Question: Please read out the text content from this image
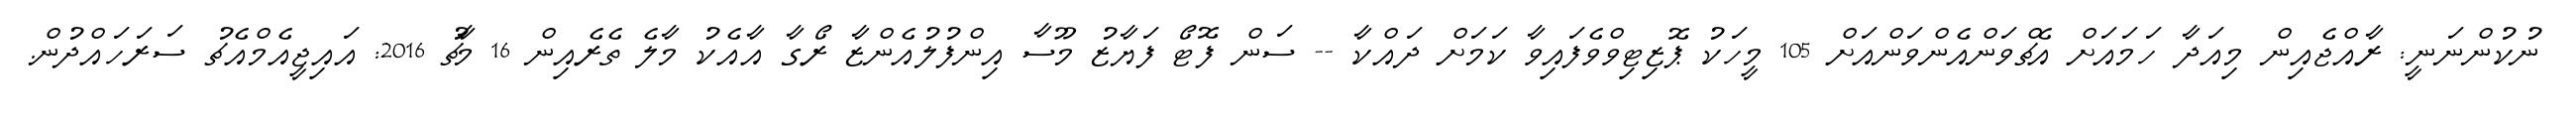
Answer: ނުކުންނަނީ: ރާއްޖެއިން މިއަދާ ހަމައަށް އެޗްވަންއެންވަންއަށް 105 މީހަކު ޕޮޒިޓިވްވެފައިވާ ކަމަށް ދައްކާ -- ސަން ފޮޓޯ ފަޔާޒު މޫސާ އިންފުލުއެންޒާ ރޯގާ އާއެކު މާލެ ތެރެއިން 16 މާޗު 2016: އައިޖީއެމްއެޗު ސަރަހައްދުން.